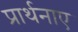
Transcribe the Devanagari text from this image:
प्रार्थनाए